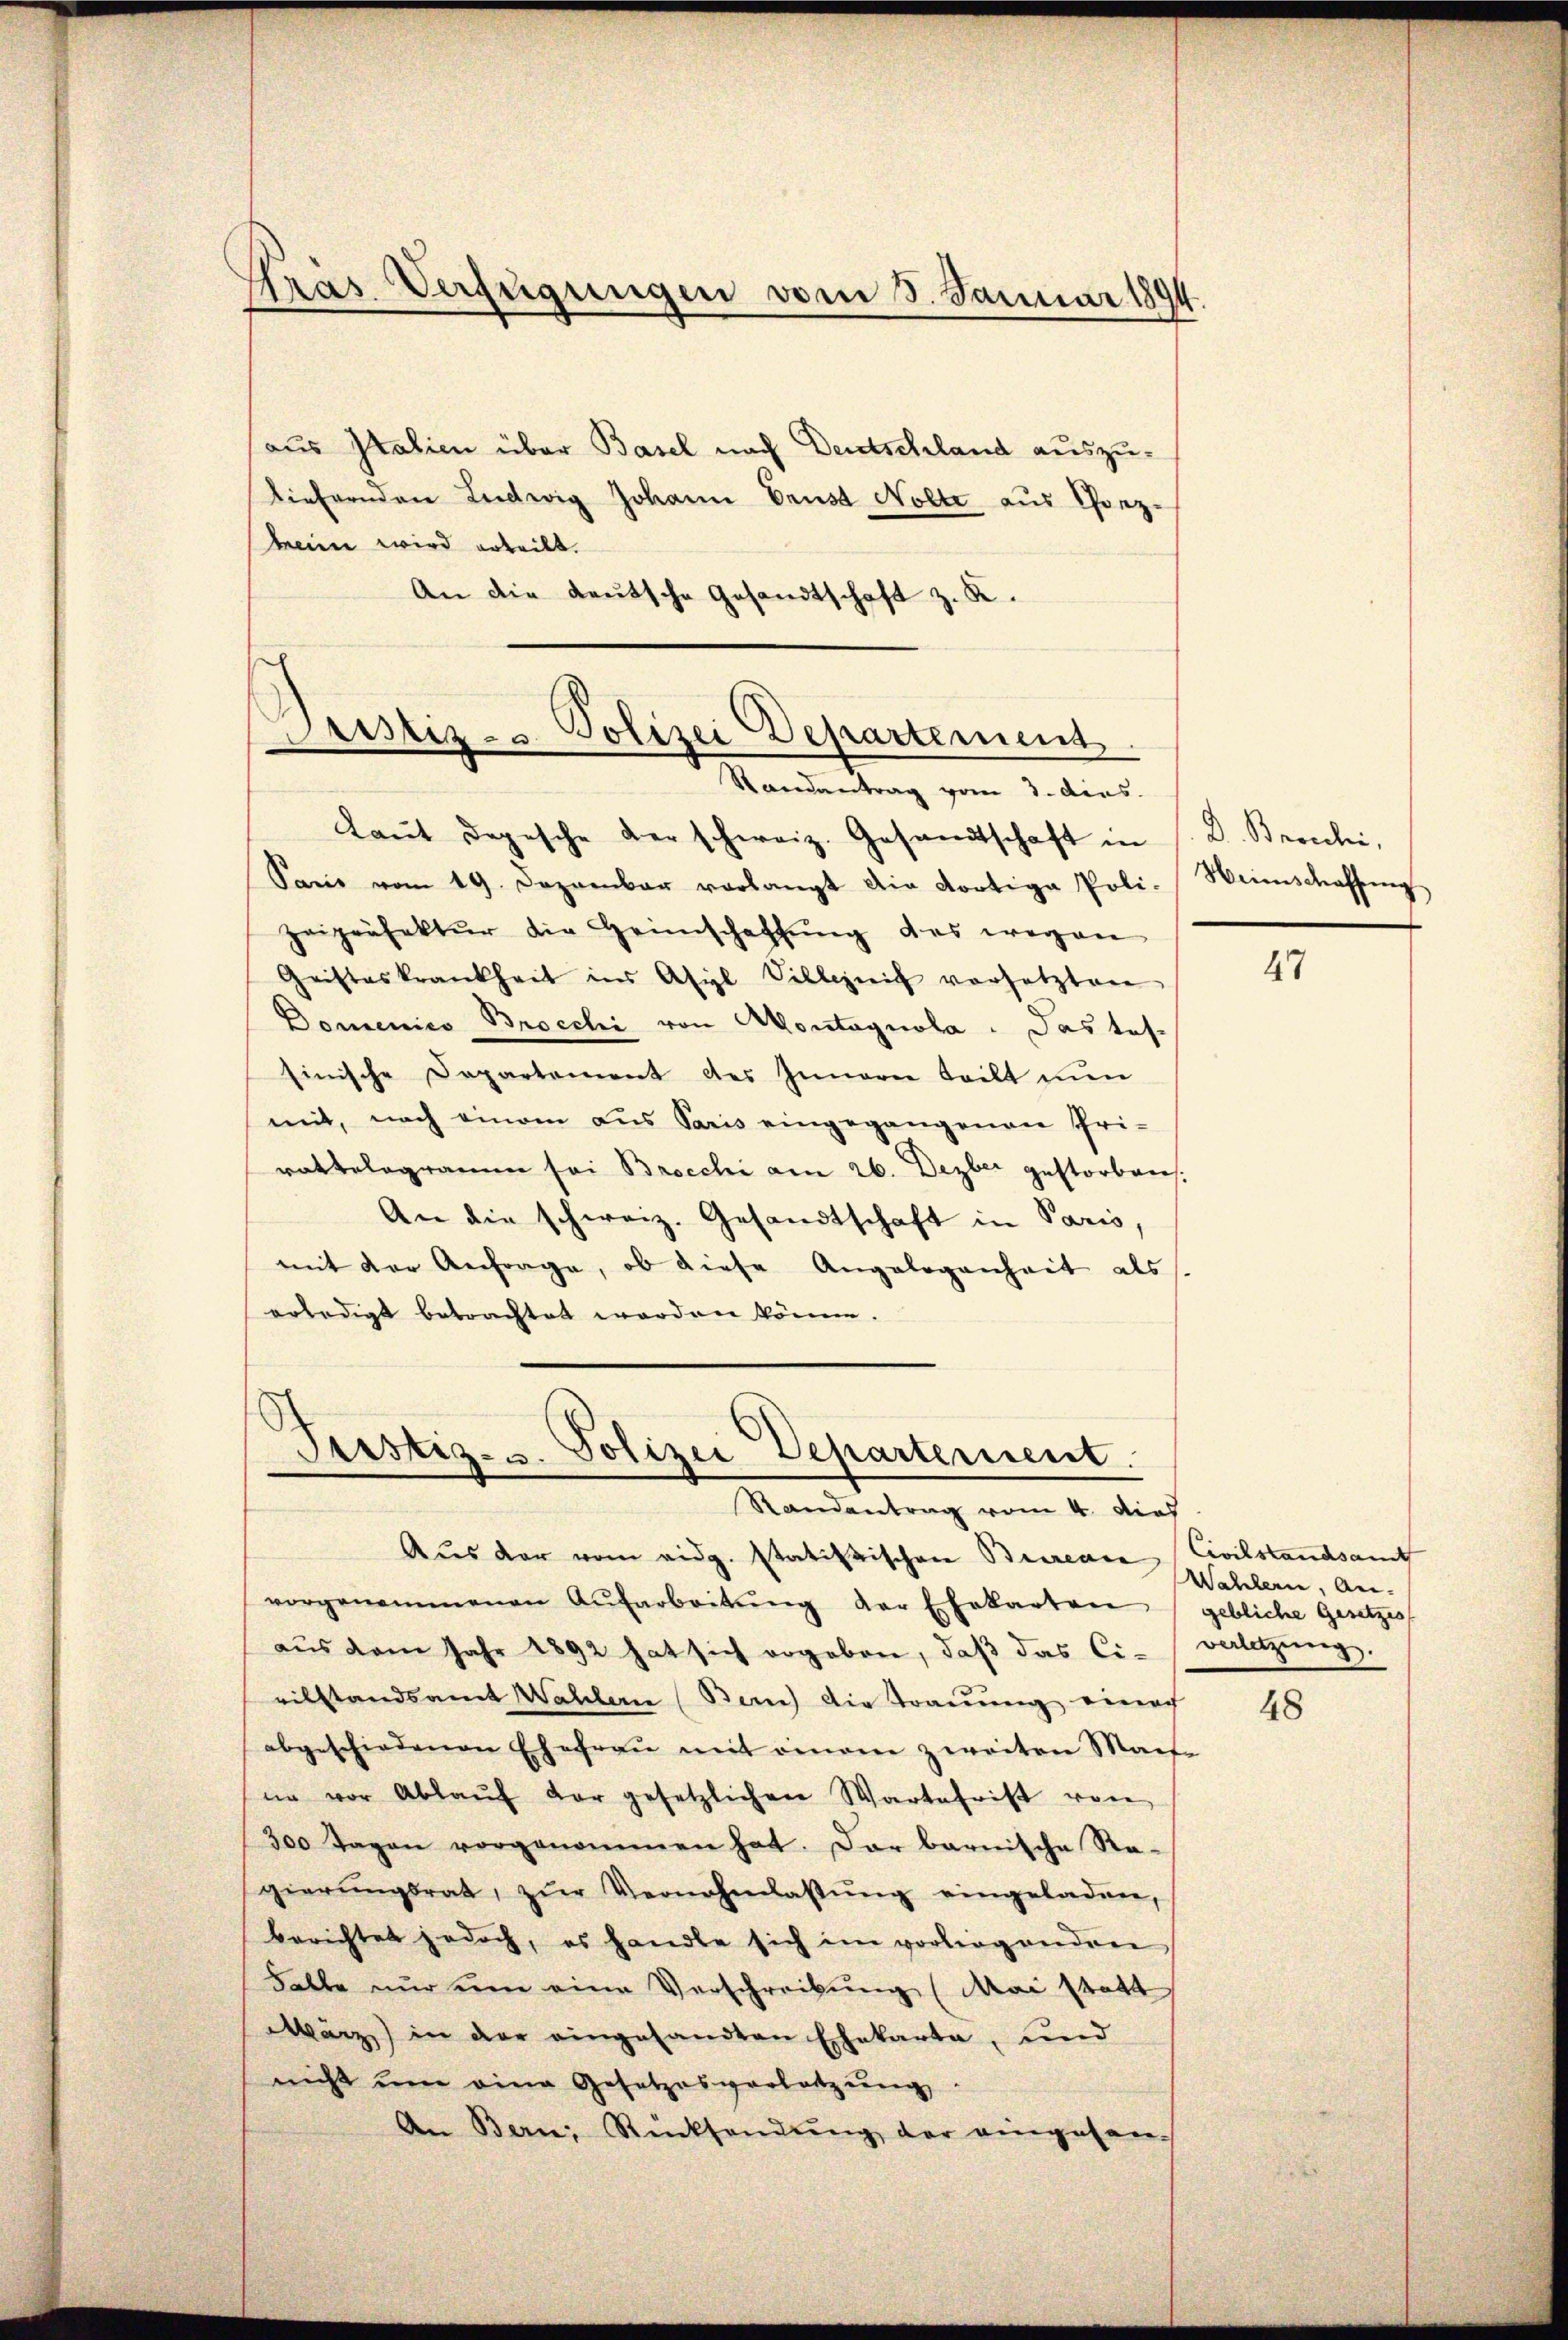
Gras Verfügungen vom 3. Januar 1894.

aus Italien über Basel nach Deutschland auszuliefernden Ludwig Johann Brust Nolte aus Gonz-
meine wird erteilt.
An die deutsche Gesandtschaft z. K.

Pustiz- & Polizei Departement.
Randantrag vom 3. dies

Fristig- u. Polizei Departement.
Randantrag vom 4. dies

Laŭt Depesche derschweiz. Gesandtschaft in s. D. Bronchi,
Paris vom 19. Dezember verlangt die dortige Poli-Weinschaffŭng
zeipräfektŭr die Heimschaffŭng des wegen
Gristeskrankheit ins Asyl Villezeit versetzten
Domenico Brocchi von Montagnola : Das tes-
sinische Departement des Inneren teilt nŭn
mit, nach einem aus Paris eingegangenen Pri-
rattelogramm sei Brocchi am 26. Dezber gestorbares.
An die schweiz. Gesandtschaft in Paris,
mit der Anfrage, ob diese Angelegenheit als
erledigt betrachtet worden könne.

Aŭs der vom eidg. statistischen Beereare Civilstandsamt
vorgenommenen Aŭfarbeitŭng der Ehekarten gebliche Gesetzes
aŭs dem Jahr 1892 hat sich ergeben, daβ das Ci-Blitzŭng.
vilstandsamt Wahlerie (Bern) die Traŭŭng einach
abgeschiedenen Ehefrau mit einem zweiten Mache
ne vor Ablaŭf der gesetzlichen Wartefrist von
300 Tagen vorgenommen hat. Dar barnische Re-
gierŭngsrat, zŭr Vernehmlassŭng eingeladen,
berichtet jedoch, es handle sich im vorliegenden
Falbe nur um eine Verschreibung (Mai statt
März) in der eingesandten Ehekarta, und
nicht ŭm eine Gesetzesvorletzŭng
An Bern, Rücksendŭng der eingesan-

47

Wahlern, An-

48